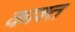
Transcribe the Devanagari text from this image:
काश्‍त